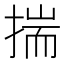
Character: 揣